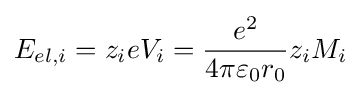
E_{el,i}=z_{i}eV_{i}={\frac {e^{2}}{4\pi \varepsilon _{0}r_{0}}}z_{i}M_{i}